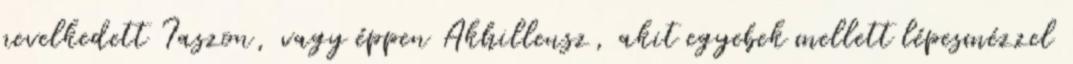
nevelkedett Iaszon, vagy éppen Akhilleusz, akit egyebek mellett lépesmézzel